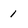
Character: 1